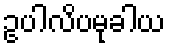
ဥပါလိပမုခါယ